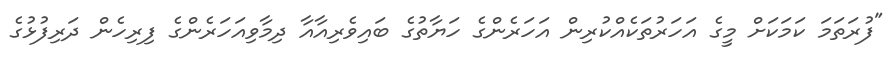
"ފުރަތަމަ ކަމަކަށް މީގެ އަހަރުތަކެއްކުރިން އަހަރެންގެ ހަޔާތުގެ ބައިވެރިއާއާ ދިމާވިއަހަރެންގެ ފިރިހެން ދަރިފުޅުގެ